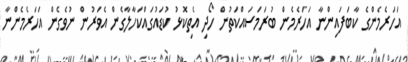
އަހަރެމެންގެ ކާބަފައިންނާ އަހަރެމެން ބުރަމަސައްކަތުން ހޯދި އެތިކޮޅު ކުޑައުގައްކަހާލާގެން އެވަރުން ނުވެގެން އަހަރެމެންނާ